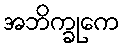
အဘိက္ခုကေ